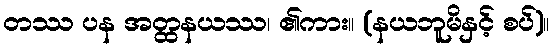
တဿ ပန အတ္ထနယဿ၊ ၏ကား။ (နယဘူမိနှင့် စပ်)။